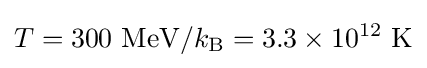
T=300~{\text{MeV}}/k_{\text{B}}=3.3\times 10^{12}~{\text{K}}